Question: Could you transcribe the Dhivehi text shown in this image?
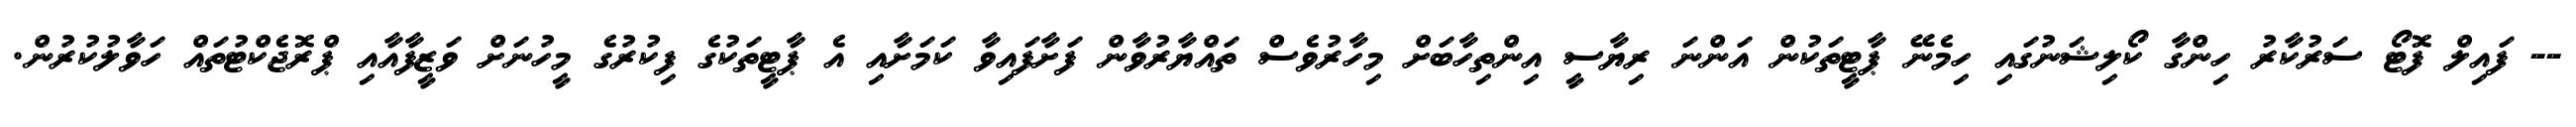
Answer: -- ފައިލް ފޮޓޯ ސަރުކާރު ހިންގާ ކޯލިޝަނުގައި ހިމެނޭ ޕާޓީތަކުން އަންނަ ރިޔާސީ އިންތިހާބަށް މިހާރުވެސް ތައްޔާރުވާން ފަށާފައިވާ ކަމަށާއި އެ ޕާޓީތަކުގެ ފިކުރުގެ މީހުނަށް ވަޒީފާއާއި ޕްރޮޖެކްޓުތައް ހަވާލުކުރުން.